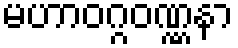
မဟာဝဂ္ဂဝဏ္ဏနာ